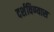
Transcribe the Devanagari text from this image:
दर्शविण्यास